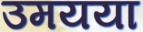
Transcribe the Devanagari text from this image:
उमयया